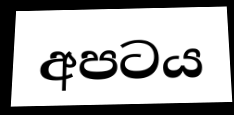
අපටය